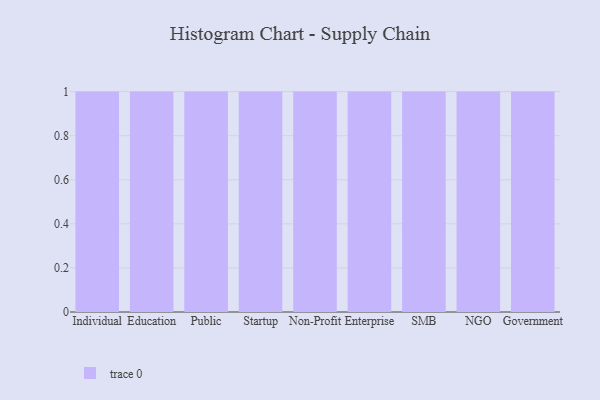
{"axis": {"x": "Segment", "y": "Humidity (%)"}, "legend": [""], "data": [{"x": "Individual", "y": 18, "type": ""}, {"x": "Education", "y": 91, "type": ""}, {"x": "Public", "y": 95, "type": ""}, {"x": "Startup", "y": 100, "type": ""}, {"x": "Non-Profit", "y": 32, "type": ""}, {"x": "Enterprise", "y": 52, "type": ""}, {"x": "SMB", "y": 96, "type": ""}, {"x": "NGO", "y": 11, "type": ""}, {"x": "Government", "y": 44, "type": ""}]}